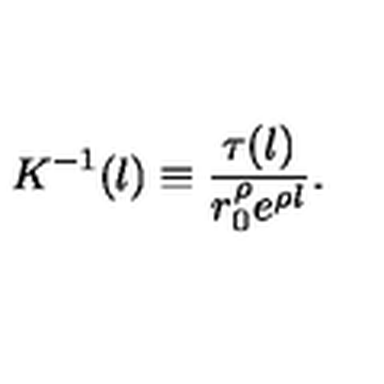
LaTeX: K ^ { - 1 } ( l ) \equiv \frac { \tau ( l ) } { r _ { 0 } ^ { \rho } e ^ { \rho l } } .